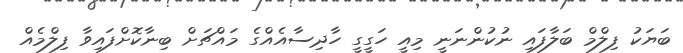
ބަޔަކު ފިލްމް ބަލާފައި ނުކުންނަނީ މިއީ ހަގީގީ ހާދިސާއެއްގެ މައްޗަށް ބިނާކޮށްފައިވާ ފިލްމެއް